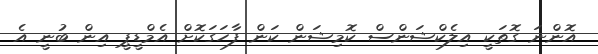
އޮންނަ ގޮތަކީ އިލެކްޝަންސް ކޮމިޝަން ކަން ފާހަގަކޮށް އެމްޑީޕީ އިން ބުނީ އެ